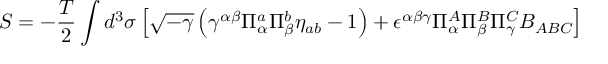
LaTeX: S = - \frac { T } { 2 } \int d ^ { 3 } \sigma \left[ \sqrt { - \gamma } \left( \gamma ^ { \alpha \beta } \Pi _ { \alpha } ^ { a } \Pi _ { \beta } ^ { b } \eta _ { a b } - 1 \right) + \epsilon ^ { \alpha \beta \gamma } \Pi _ { \alpha } ^ { A } \Pi _ { \beta } ^ { B } \Pi _ { \gamma } ^ { C } B _ { A B C } \right]